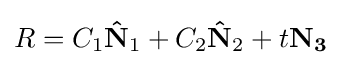
R=C_{1}\mathbf {\hat {N}} _{1}+C_{2}\mathbf {\hat {N}} _{2}+t\mathbf {N_{3}}